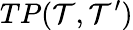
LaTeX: TP(\mathcal{T},\mathcal{T}^{\prime})